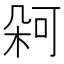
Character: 𭪋